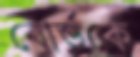
বোর্ডকে